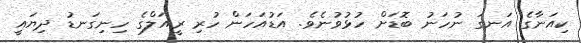
ކިއަނާގެ އަނގަ ނުހަނު ބޮޑަށް ހުޅުވުނެވެ. އަޑުއަހަން ހުރި ރީއަލްގެ ހިނިގަނޑު ދިޔައީ